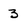
Character: 3